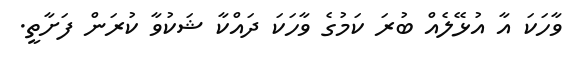
ވާހަކަ އާ އުޅޭލެއް ބުރަ ކަމުގެ ވާހަކަ ދައްކާ ޝަކުވާ ކުރަން ފަށާތީ.